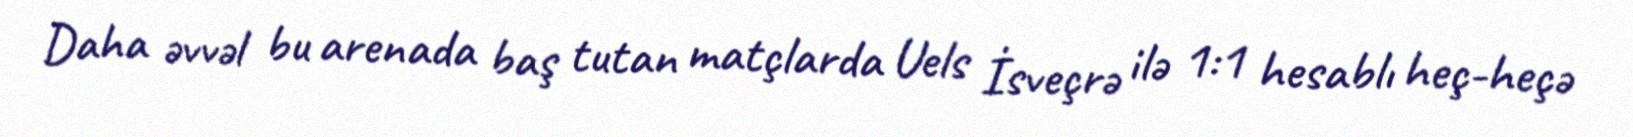
Daha əvvəl bu arenada baş tutan matçlarda Uels İsveçrə ilə 1:1 hesablı heç-heçə